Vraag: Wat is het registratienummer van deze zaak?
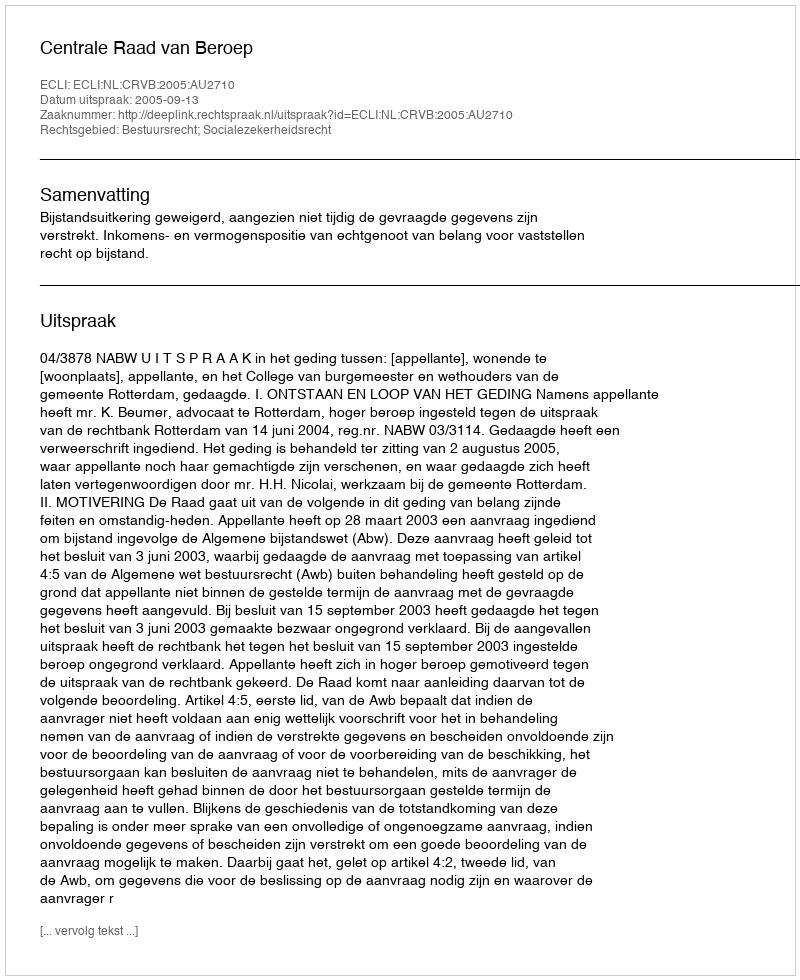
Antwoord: http://deeplink.rechtspraak.nl/uitspraak?id=ECLI:NL:CRVB:2005:AU2710